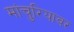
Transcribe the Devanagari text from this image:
मांचुरियावर